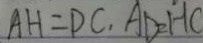
A H = D C , A D = H C